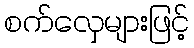
စက်လှေများဖြင့်